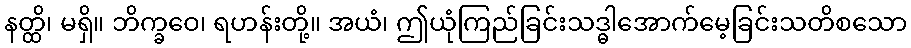
နတ္ထိ၊ မရှိ။ ဘိက္ခဝေ၊ ရဟန်းတို့။ အယံ၊ ဤယုံကြည်ခြင်းသဒ္ဓါအောက်မေ့ခြင်းသတိစသော